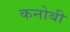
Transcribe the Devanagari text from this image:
कनोबी